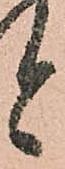
と